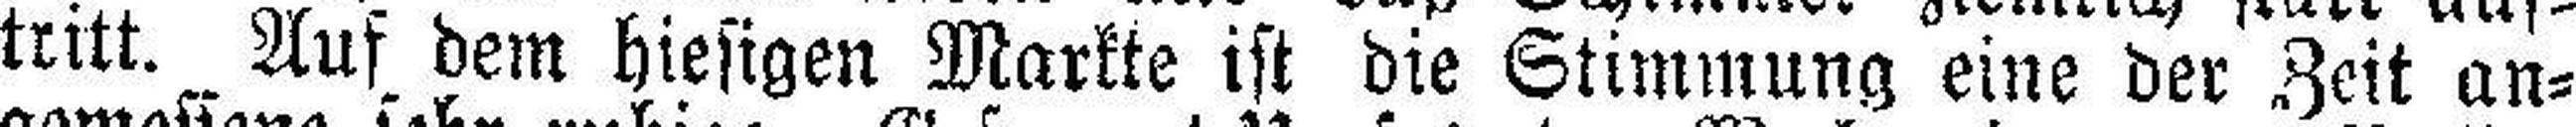
tritt. Auf dem hiesigen Markte ist die Stimmung eine der Zeit an¬